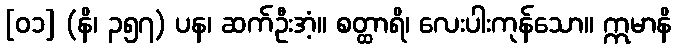
[၀၁] (နိ၊ ၃၅၇) ပန၊ ဆက်ဦးအံ့။ စတ္ထာရိ၊ လေးပါးကုန်သော။ ဣမာနိ